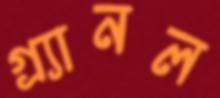
গ্র্যানল